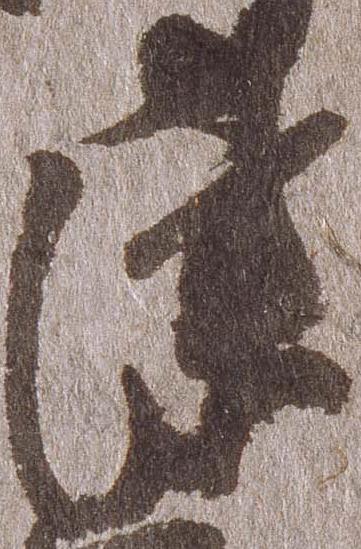
津